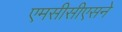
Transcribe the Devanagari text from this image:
एमसीसीएसने